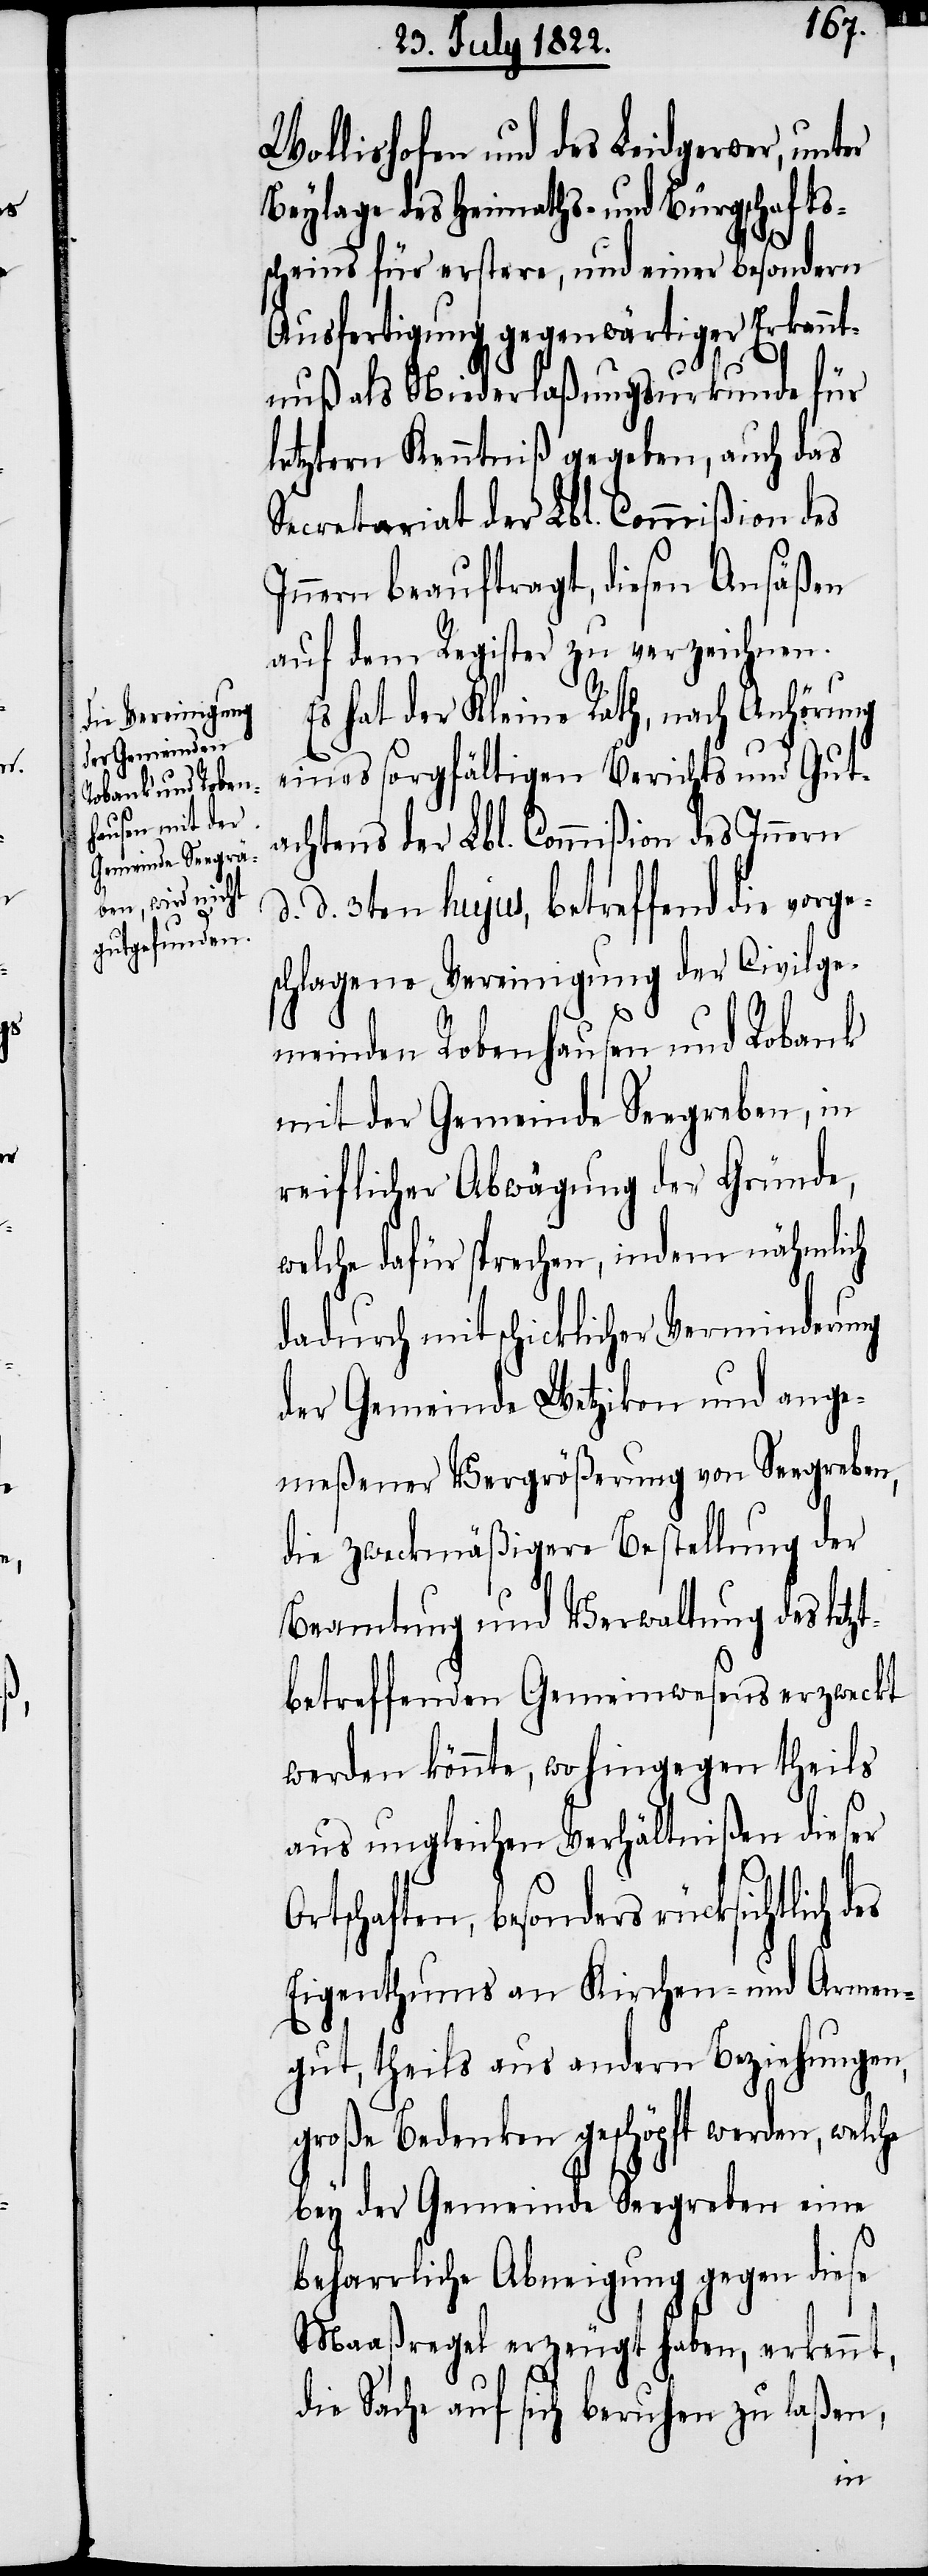
Wollishofen und des Leidgerwer, unter
Beylage des Heimaths- und Bürgschafts¬
scheins für erstere, und einer besondern
Ausfertigung gegenwärtiger Erkannt¬
nuß als Niederlaßungsurkunde für
letztern Kenntniß gegeben, auch das
Secretariat der Lbl. Commißion des
Innern beauftragt, diesen Ansäßen
auf dem Register zu verzeichnen.
Es hat der Kleine Rath, nach Anhörung
eines sorgfältigen Berichts und Gut¬
achtens der Lbl. Commißion des Innern
d. 3ten hujus, betreffend die vorge¬
schlagene Vereinigung der Civilge¬
meinden Robenhausen und Robank
mit der Gemeinde Seegraben, in
reiflicher Abwägung der Gründe,
welche dafür sprechen, in dem nähmlich
dadurch mit schicklicher Verminderung
der Gemeinde Wetzikon und ange¬
meßener Vergrößerung von Seegraben,
die zweckmäßigere Bestellung der
Beamtung und Verwaltung des le¬
betreffenden Gemeinwesens erzweckt
werden könnte, wo hingegen theils
aus ungleichen Verhältnißen dieser
rtschaften, besonders rücksichtlich
Eigenthums an Kirchen- und Armen¬
gut, theils aus andern Beziehungen,
große Bedenken geschöpft werden, welc¬
bey der Gemeinde Seegraben eine
beharrliche Abneigung gegen diese
Maaßregel erzeugt haben, erkennt,
die Sache auf sich beruhen zu laßen,
he